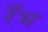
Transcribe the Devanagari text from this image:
रँभ